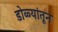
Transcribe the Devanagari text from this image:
डोळ्यांतून